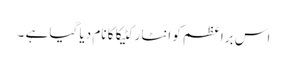
اس براعظم کو انٹارکٹیکا کا نام دیا گیا ہے ۔